Report on certain features of malaria in the island of Salsette
Disease focus: Malaria
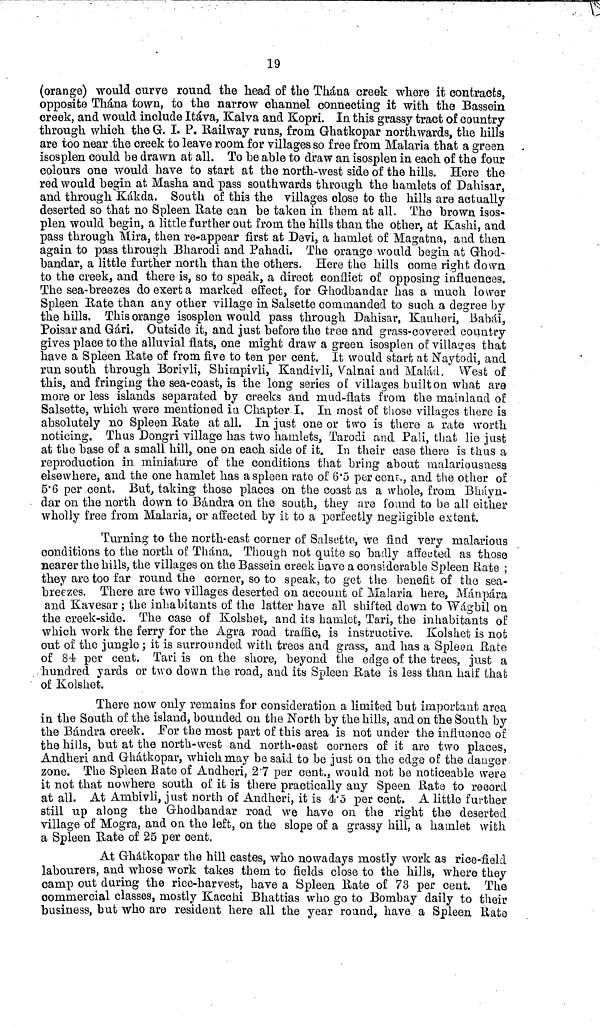
19
(orange) would curve round the head of the Thaua creek where it contracts,
opposite Thána town, to the narrow channel connecting it with the Bassein
creek, and would include Itáva, Kalva and Kopri. In this grassy tract of country-
through which the G. I. P. Railway runs, from G-hatkopar northwards, the hills
are too near the creek to leave room for villages so free from Malaria that a green
isosplen could be drawn at all. To he able to draw an isosplen in each of the four
colours one would have to start at the north-west side of the hills. Here the
red would begin at Masha and pass southwards through the hamlets of Dahisar,
and through Kákda. South of this the villages close to the hills are actually
deserted so that no Spleen Rate can be taken in them at all. The brown isos-
plen would begin, a little further out from the hills than the other, at Kashi, and
pass through Mira, then re-appear first at Devi, a hamlet of Magatna, and then
again to pasa through Bharodi and Pahadi. The orange would begin at Ghod-
bandar, a little further north than the others. Here the hills come right down
to the creek, and there is, so to speak, a direct conflict of opposing influences.
The sea-breezes do exert a marked effect, for Ghoclbandar has a much lower
Spleen Hate than any other village in Salsette commanded to such a degree by
the hills. This orange isosplen would pass through Dahisar, Kanheri, Babái,
Poisar and Gári. Outside it, and just before the tree and grass-covered country
gives place to the alluvial flats, one might draw a green isosplen of villages that
have a Spleen Eate of from five to ten per cent. It would start at Naytodi, and
run south through Borivli, Shimpivli, Kandivli, Valnai and Malád. West of
this, and fringing the sea-coast, is the long series of villages built on what ara
more or less islands separated by creeks and mud-flats from the mainland of
Salsette, which were mentioned in Chapter-1. In most of those villages there is
absolutely no Spleen Hate at all. In just one or two is there a rate worth
noticing. Thus Dongri village has two hamlets, Tarodi and Pali, that lie just
at the base of a small hill, one on each side of it. In their case there is thus a
reproduction in miniature of the conditions that bring about malariousness
elsewhere, and the one hamlet has a spleen rate of 6.5 percent.., and the other of
5.6 per cent. But, taking those places on the coast as a whole, from Bháyn-
dar on the north down to Bándra on the south, they are found to be all either
wholly free from Malaria, or affected by it to a perfectly negligible estant.
Turning to the north-east corner of Salsette, we find very malarious
conditions to the north of Thána. Though not quite so badly affected as those
nearer the hills, the villages on the Bassein creek have a considerable Spleen Rate ;
they are too far round the corner, so to speak, to get the benefit of the sea-
breezes. There are two villages deserted on account of Malaria here, Mánpára
and Elavesar ; the inhabitants of the latter have all shifted down to Wágbíl on
the creek-side. The case of Kolshefc, and its hamlet, Tari, the inhabitants of
which work the ferry for the Agra road traffic, is instructive. Kolshet is not
out of the jungle ; it is surrounded with trees and grass, and has a Spleen Rate
of 84 per cent. Tan is on the shore, beyond the edge of the trees, just a
•hundred yards or two down the road, and its Spleen Rate is less than half that
of Kolshet.
There now only remains for consideration a limited but important area
in the South of the island, bounded on the North by the hills, and on the South by
the Bándra creek. For the most part of this area is not under the influence of
the hills, but at the north-west and north-east corners of it are two places,
Andheri and Ghátkopar, which may be said to be just on the edge of the danger
zone. The Spleen Rate of Andheri, 27 per cent., would not be noticeable were
it not that nowhere south of it is there practically any Speen Rate to record
at all. At Ambivli, just north of Andheri, it is 4.5 per cent. A little further
still up along the Ghodbandar road we have on the right the deserted
village of Mogra, and on the left, on the slope of a grassy hill, a hamlet with
a Spleen Rate of 25 per cent.
At Ghátkopar the hill castes, who nowadays mostly work as rice-field
labourers, and whose work takes them to fields close to the hills, where they
camp out during the rice-harvest, have a Spleen Rate of 73 per cent. The
commercial classes, mostly Kacchi Bhattias who go to Bombay daily to their
business, but who are resident here all the year round, have a Spleen Rate